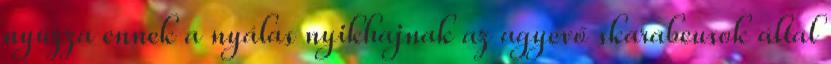
nyúzza ennek a nyálas nyikhajnak az agyevő skarabeusok által